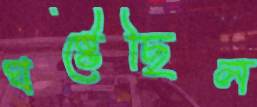
ঘষ্‌টেছিল